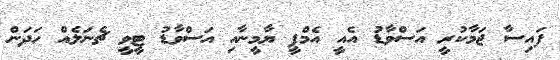
ފައިސާ ޖަމާކުރީ އަސްވާޑު އެއީ އެމްޕީ ޔާމީނާއި އަސްވާޑު ޓީވީ ޗެނަލެއް ހަދަން